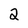
Character: 2